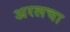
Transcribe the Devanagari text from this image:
अरलचा